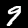
Digit: 9